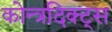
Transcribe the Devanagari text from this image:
कोन्त्रदिक्ट्स